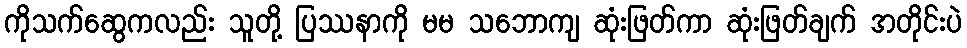
ကိုသက်ဆွေကလည်း သူတို့ ပြဿနာကို မမ သဘောကျ ဆုံးဖြတ်ကာ ဆုံးဖြတ်ချက် အတိုင်းပဲ